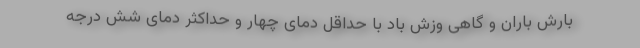
بارش باران و گاهی وزش باد با حداقل دمای چهار و حداکثر دمای شش درجه